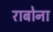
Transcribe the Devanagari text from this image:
राबोना